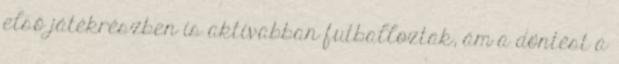
első játékrészben is aktívabban futballoztak, ám a döntést a